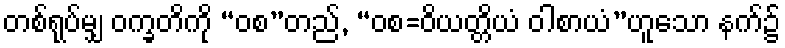
တစ်ရုပ်မျှ ဝက္ခတိကို “ဝစ”တည်, “ဝစ=ဝိယတ္တိယံ ဝါစာယံ”ဟူသော နက်၌